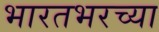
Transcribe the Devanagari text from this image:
भारतभरच्या